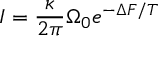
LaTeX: I = \frac { \kappa } { 2 \pi } \Omega _ { 0 } e ^ { - \Delta F / T }